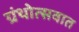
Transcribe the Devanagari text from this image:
ग्रंथोत्सवात